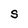
Character: S